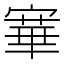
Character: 𡪤